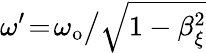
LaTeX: \omega^{\prime}\! =\! \omega_{\mathrm{o}}\big/\sqrt{1-\beta_{\xi}^{2}}